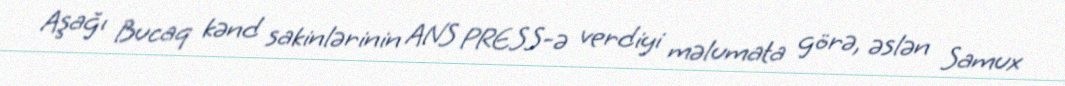
Aşağı Bucaq kənd sakinlərinin ANS PRESS-ə verdiyi məlumata görə, əslən Samux